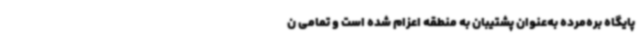
پایگاه بره‌مرده به‌عنوان پشتیبان به منطقه اعزام شده است و تمامی ن